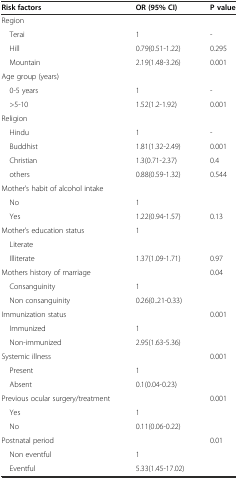
| Risk factors | OR (95% CI) | P value |
 | --- | --- | --- |
 | Region |  |  |
 | Terai | 1 | - |
 | Hill | 0.79(0.51-1.22) | 0.295 |
 | Mountain | 2.19(1.48-3.26) | 0.001 |
 | Age group (years) |  |  |
 | 0-5 years | 1 | - |
 | >5-10 | 1.52(1.2-1.92) | 0.001 |
 | Religion |  |  |
 | Hindu | 1 | - |
 | Buddhist | 1.81(1.32-2.49) | 0.001 |
 | Christian | 1.3(0.71-2.37) | 0.4 |
 | others | 0.88(0.59-1.32) | 0.544 |
 | Mother’s habit of alcohol intake |  |  |
 | No | 1 |  |
 | Yes | 1.22(0.94-1.57) | 0.13 |
 | Mother’s education status | 1 |  |
 | Literate |  |  |
 | Illiterate | 1.37(1.09-1.71) | 0.97 |
 | Mothers history of marriage |  | 0.04 |
 | Consanguinity | 1 |  |
 | Non consanguinity | 0.26(0..21-0.33) |  |
 | Immunization status |  | 0.001 |
 | Immunized | 1 |  |
 | Non-immunized | 2.95(1.63-5.36) |  |
 | Systemic illness |  | 0.001 |
 | Present | 1 |  |
 | Absent | 0.1(0.04-0.23) |  |
 | Previous ocular surgery/treatment |  | 0.001 |
 | Yes | 1 |  |
 | No | 0.11(0.06-0.22) |  |
 | Postnatal period |  | 0.01 |
 | Non eventful | 1 |  |
 | Eventful | 5.33(1.45-17.02) |  |